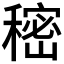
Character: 𰨷